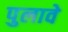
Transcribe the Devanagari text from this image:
पुलावे